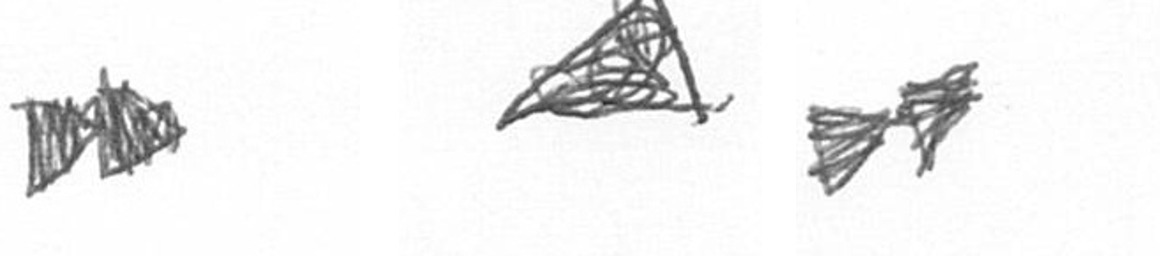
A O A